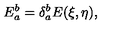
E _ { a } ^ { b } = \delta _ { a } ^ { b } E ( \xi , \eta ) ,